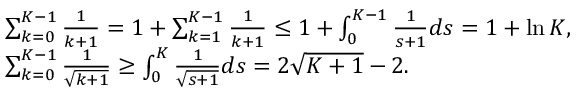
\begin{array} { r l } & { \sum _ { k = 0 } ^ { K - 1 } \frac { 1 } { k + 1 } = 1 + \sum _ { k = 1 } ^ { K - 1 } \frac { 1 } { k + 1 } \leq 1 + \int _ { 0 } ^ { K - 1 } \frac { 1 } { s + 1 } d s = 1 + \ln K , } \\ & { \sum _ { k = 0 } ^ { K - 1 } \frac { 1 } { \sqrt { k + 1 } } \geq \int _ { 0 } ^ { K } \frac { 1 } { \sqrt { s + 1 } } d s = 2 \sqrt { K + 1 } - 2 . } \end{array}